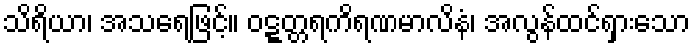
သိရိယာ၊ အသရေဖြင့်။ ဝဋ္ဋတ္တရကိရဏမာလိနံ၊ အလွန်ထင်ရှားသော